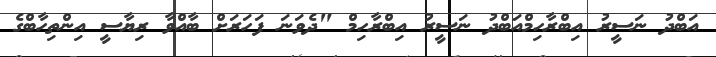
އަބްދު ނަސީރު އިބްރާހިމްއަބްދު ނަސީރު އިބްރާހިމް "ދެވަނަ ފަހަރަށް ބާއްވާ ރިޔާސީ އިންތިހާބްގެ